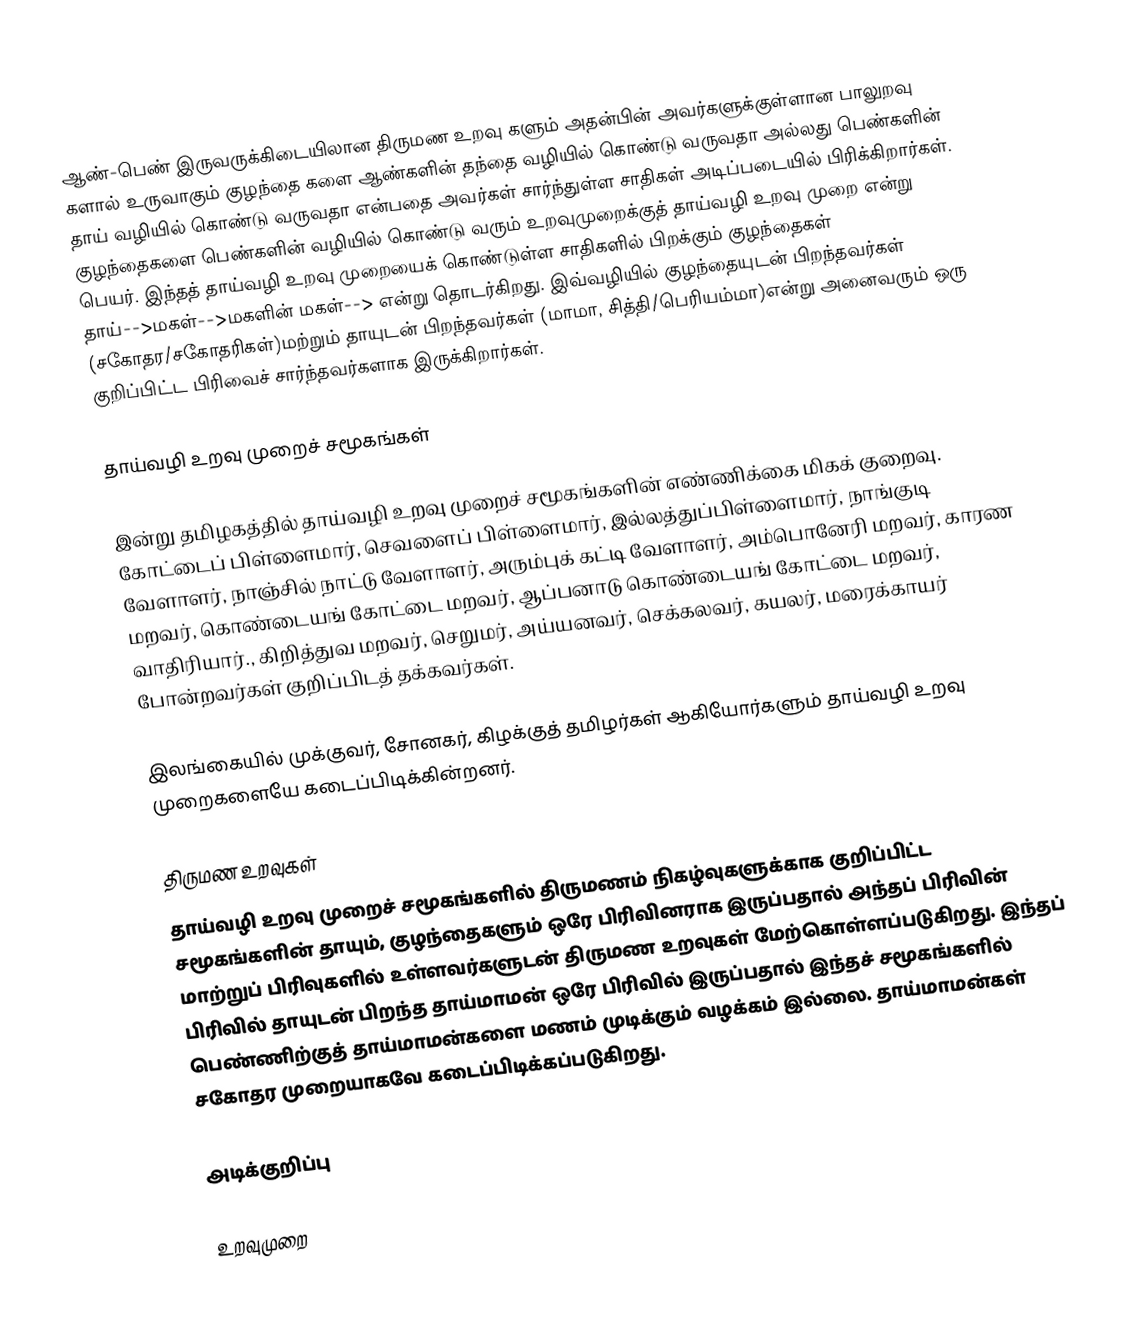
ஆண்-பெண் இருவருக்கிடையிலான திருமண உறவு களும் அதன்பின் அவர்களுக்குள்ளான பாலுறவு களால் உருவாகும் குழந்தை களை ஆண்களின் தந்தை வழியில் கொண்டு வருவதா அல்லது பெண்களின் தாய் வழியில் கொண்டு வருவதா என்பதை அவர்கள் சார்ந்துள்ள சாதிகள் அடிப்படையில் பிரிக்கிறார்கள். குழந்தைகளை பெண்களின் வழியில் கொண்டு வரும் உறவுமுறைக்குத் தாய்வழி உறவு முறை என்று பெயர். இந்தத் தாய்வழி உறவு முறையைக் கொண்டுள்ள சாதிகளில் பிறக்கும் குழந்தைகள் தாய்-->மகள்-->மகளின் மகள்--> என்று தொடர்கிறது. இவ்வழியில் குழந்தையுடன் பிறந்தவர்கள் (சகோதர/சகோதரிகள்)மற்றும் தாயுடன் பிறந்தவர்கள் (மாமா, சித்தி/பெரியம்மா)என்று அனைவரும் ஒரு குறிப்பிட்ட பிரிவைச் சார்ந்தவர்களாக இருக்கிறார்கள்.

தாய்வழி உறவு முறைச் சமூகங்கள்

இன்று தமிழகத்தில் தாய்வழி உறவு முறைச் சமூகங்களின் எண்ணிக்கை மிகக் குறைவு. கோட்டைப் பிள்ளைமார், செவளைப் பிள்ளைமார், இல்லத்துப்பிள்ளைமார், நாங்குடி வேளாளர், நாஞ்சில் நாட்டு வேளாளர், அரும்புக் கட்டி வேளாளர்,  அம்பொனேரி மறவர், காரண மறவர், கொண்டையங் கோட்டை மறவர், ஆப்பனாடு கொண்டையங் கோட்டை மறவர், வாதிரியார்., கிறித்துவ மறவர், செறுமர், அய்யனவர், செக்கலவர், கயலர், மரைக்காயர் போன்றவர்கள் குறிப்பிடத் தக்கவர்கள்.

இலங்கையில் முக்குவர், சோனகர், கிழக்குத் தமிழர்கள் ஆகியோர்களும் தாய்வழி உறவு முறைகளையே கடைப்பிடிக்கின்றனர்.

திருமண உறவுகள்
தாய்வழி உறவு முறைச் சமூகங்களில் திருமணம் நிகழ்வுகளுக்காக குறிப்பிட்ட சமூகங்களின் தாயும், குழந்தைகளும் ஒரே பிரிவினராக இருப்பதால் அந்தப் பிரிவின் மாற்றுப் பிரிவுகளில் உள்ளவர்களுடன் திருமண உறவுகள் மேற்கொள்ளப்படுகிறது. இந்தப் பிரிவில் தாயுடன் பிறந்த தாய்மாமன் ஒரே பிரிவில் இருப்பதால் இந்தச் சமூகங்களில் பெண்ணிற்குத் தாய்மாமன்களை மணம் முடிக்கும் வழக்கம் இல்லை. தாய்மாமன்கள் சகோதர முறையாகவே கடைப்பிடிக்கப்படுகிறது.

அடிக்குறிப்பு

 உறவுமுறை